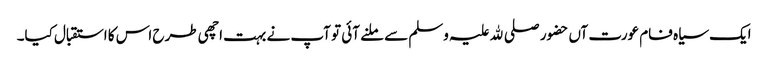
ایک سیاہ فام عورت آں حضور صلی ﷲ علیہ وسلم سے ملنے آئی تو آپ نے بہت اچھی طرح اس کا استقبال کیا۔